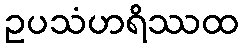
ဥပသံဟရိဿထ